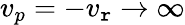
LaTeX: v_{p}=-v_{\mathtt{r}}\to\infty